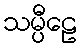
သမ္ပီဠေ